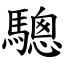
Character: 驄